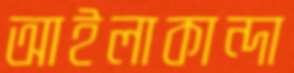
আইলাকান্দা